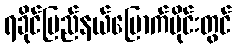
ရခိုင်ပြည်နယ်မြောက်ပိုင်းတွင်